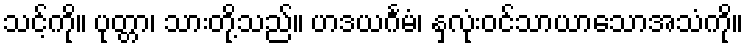
သင့်ကို။ ပုတ္တာ၊ သားတို့သည်။ ဟဒယင်္ဂမံ၊ နှလုံးဝင်သာယာသောအသံကို။